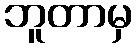
ဘူတာမှ